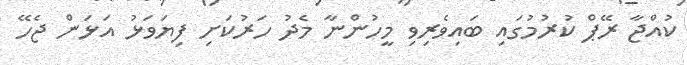
ކުއްޖާ ރޭޕް ކުރުމުގައި ބައިވެރިވި މީހުންނާ މެދު ހަރުކަށި ފިޔަވަޅު އަޅަން ޖެހޭ